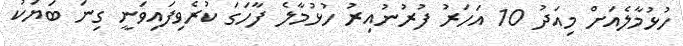
ހުޅުމާލެއަށް މިއަދު 10 އަހަރު ފުރުނުއިރު ހުޅުމާލެ ފާހަގަ ކުރެވިފައިވަނީ ގިނަ ބަޔަކު